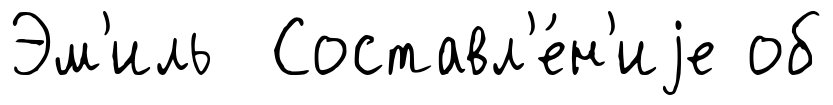
Эм'иль Составл'е́н'иjе об